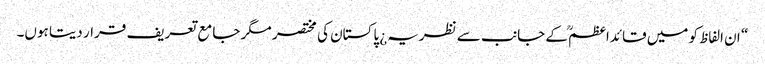
“ ان الفاظ کو میں قائداعظمؒ کے جانب سے نظریہ¿ پاکستان کی مختصر مگر جامع تعریف قرار دیتا ہوں۔